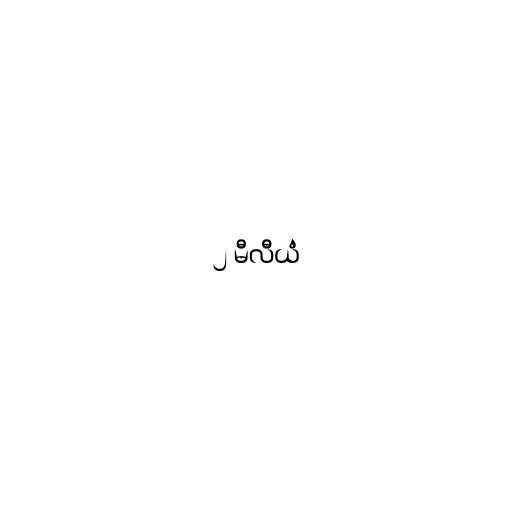
၂ မီလီယံ